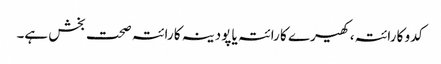
کدو کا رائتہ، کھیرے کا رائتہ یا پودینہ کا رائتہ صحت بخش ہے۔